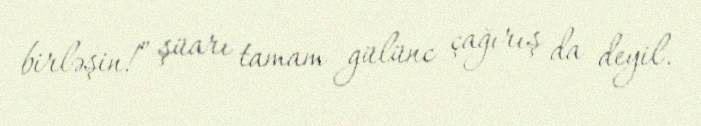
birləşin!” şüarı tamam gülünc çağırış da deyil.